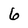
Character: 6